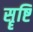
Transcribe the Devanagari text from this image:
सॄष्टि